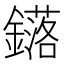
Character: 𨮎